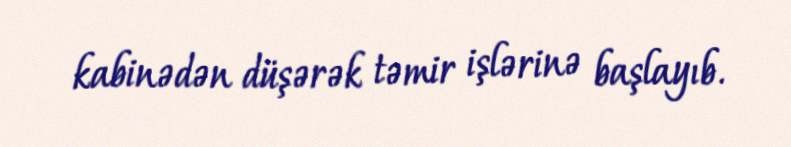
kabinədən düşərək təmir işlərinə başlayıb.